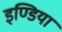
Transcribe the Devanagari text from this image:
इण्‍डिया